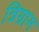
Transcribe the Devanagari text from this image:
त्रिग्राम